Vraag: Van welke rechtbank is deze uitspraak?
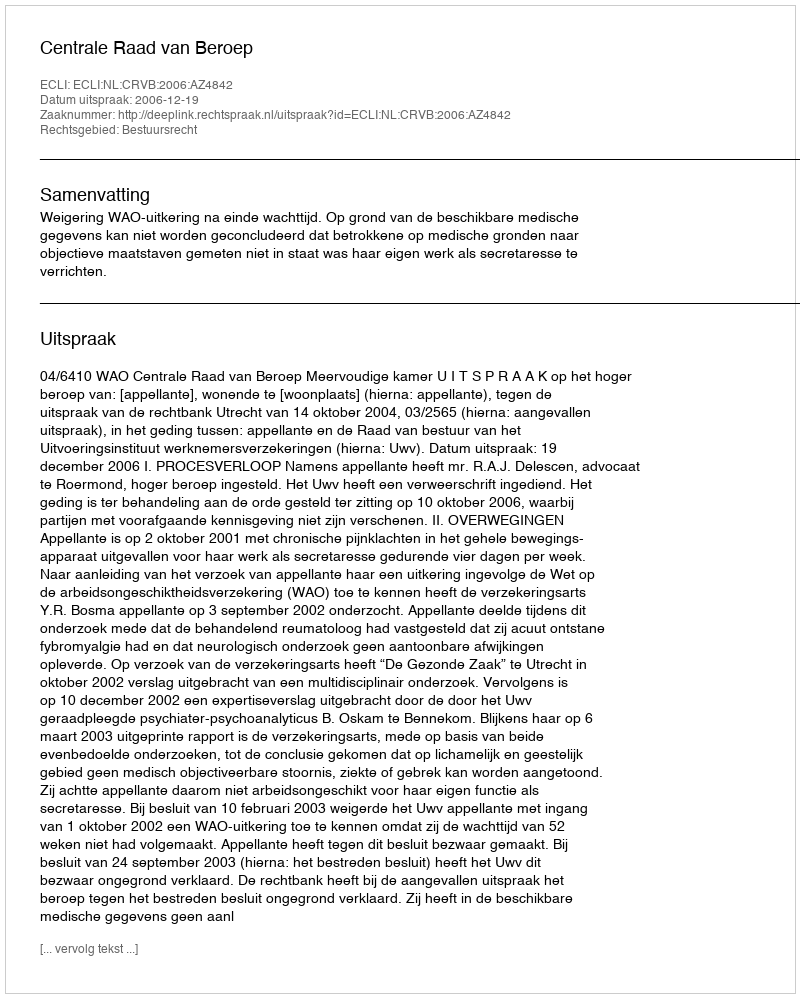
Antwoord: Centrale Raad van Beroep